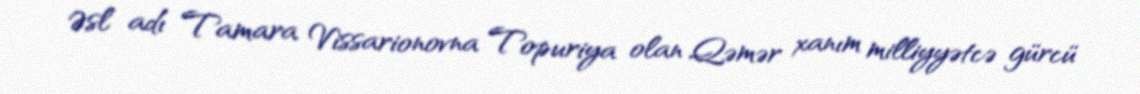
Əsl adı Tamara Vissarionovna Topuriya olan Qəmər xanım milliyyətcə gürcü